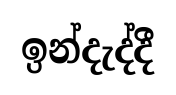
ඉන්දැද්දී